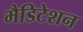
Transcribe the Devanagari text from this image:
मैडिटेशन